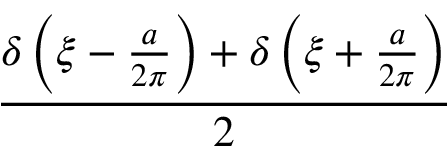
\frac { \delta \left( \xi - { \frac { a } { 2 \pi } } \right) + \delta \left( \xi + { \frac { a } { 2 \pi } } \right) } { 2 }